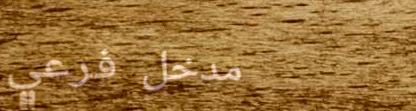
مدخل فرعي